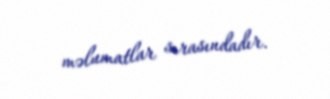
məlumatlar sırasındadır.